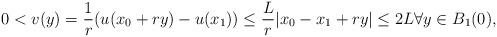
LaTeX: \begin{align*} 0 < v(y) = \frac1r (u(x_0+ry) - u(x_1)) \le \frac{L}{r}|x_0 - x_1 +ry|\le 2L \forall y \in B_1(0),\end{align*}